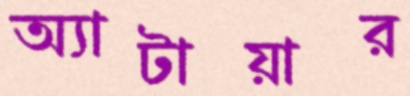
অ্যাটায়ার